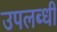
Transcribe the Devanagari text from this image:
उपलब्‍धी